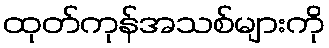
ထုတ်ကုန်အသစ်များကို